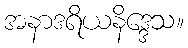
အနာဒရိယနိဒ္ဒေသ။